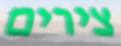
צירים